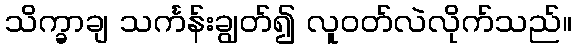
သိက္ခာချ သင်္ကန်းချွတ်၍ လူဝတ်လဲလိုက်သည်။